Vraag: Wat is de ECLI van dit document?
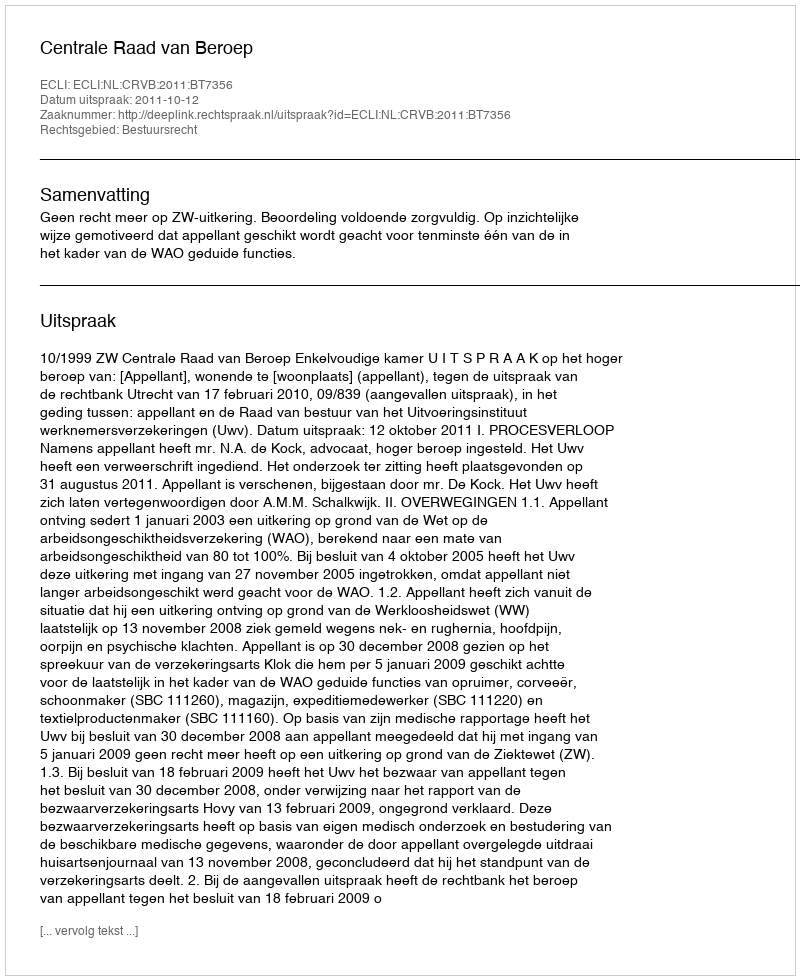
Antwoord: ECLI:NL:CRVB:2011:BT7356